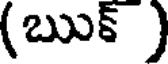
(ఋక్ )